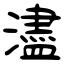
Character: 濜